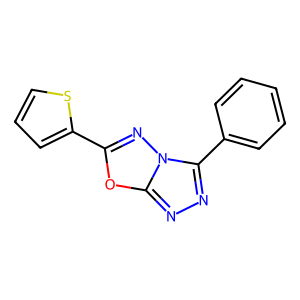
SMILES: c1ccc(-c2nnc3oc(-c4cccs4)nn23)cc1
Inhibits HIV replication: No